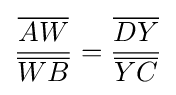
{\frac {\overline {AW}}{\overline {WB}}}={\frac {\overline {DY}}{\overline {YC}}}